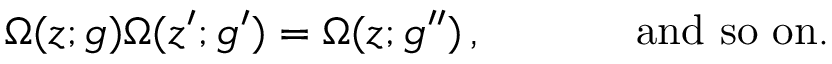
\begin{array} { c c } { { \Omega ( z ; g ) \Omega ( z ^ { \prime } ; g ^ { \prime } ) = \Omega ( z ; g ^ { \prime \prime } ) \, , ~ ~ ~ ~ } } & { { ~ ~ ~ ~ \mathrm { a n d ~ s o ~ o n . } } } \end{array}